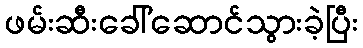
ဖမ်းဆီးခေါ်ဆောင်သွားခဲ့ပြီး